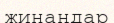
жинаңдар